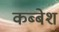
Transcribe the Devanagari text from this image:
कब्बेश